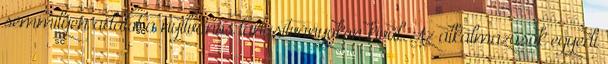
semmilyen adatot a nyilvános tanúsítványokon kívül. Az alkalmazások egyedi